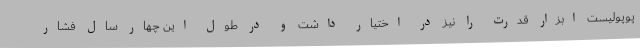
پوپولیست ابزار قدرت را نیز در اختیار داشت و در طول این چهار سال فشار